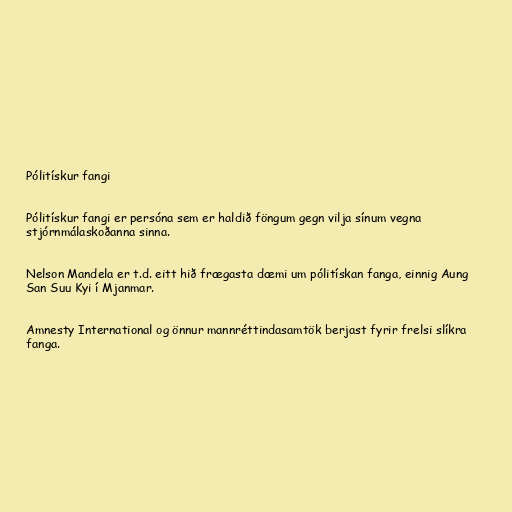
Pólitískur fangi

Pólitískur fangi er persóna sem er haldið föngum gegn vilja sínum vegna
stjórnmálaskoðanna sinna.

Nelson Mandela er t.d. eitt hið frægasta dæmi um pólitískan fanga, einnig Aung
San Suu Kyi í Mjanmar.

Amnesty International og önnur mannréttindasamtök berjast fyrir frelsi slíkra
fanga.